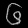
Digit: ၆